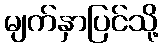
မျက်နှာပြင်သို့